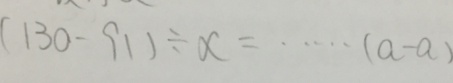
( 1 3 0 - 9 1 ) \div x = \cdots ( a - a )